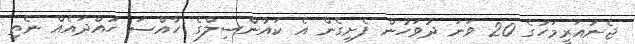
ޖެނުއަރީމަހުގެ 20 ވަނަ ދުވަހުން ފެށިގެން އެ ކައުންސިލްގެ ހާއްސަ ހުއްދައެއް ނެތި